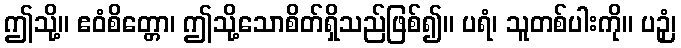
ဤသို့။ ဧဝံစိတ္တော၊ ဤသို့သောစိတ်ရှိသည်ဖြစ်၍။ ပရံ၊ သူတစ်ပါးကို။ ပဉှံ၊